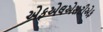
એફએલએસટીએફ